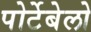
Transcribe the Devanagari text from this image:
पोर्टेबेलो